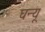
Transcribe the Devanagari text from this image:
घन्यू